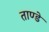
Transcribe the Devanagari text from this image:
ताण्डे